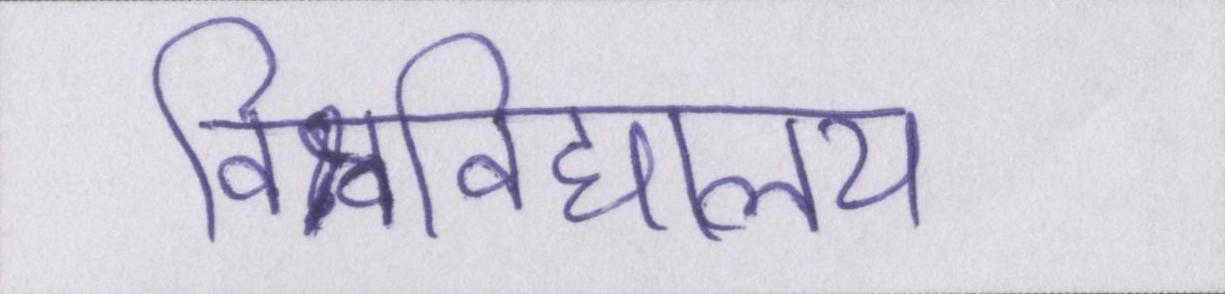
विश्वविद्यालय